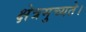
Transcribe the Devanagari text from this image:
क्षेत्रमुच्यते।